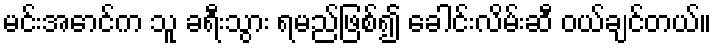
မင်းအောင်က သူ ခရီးသွား ရမည်ဖြစ်၍ ခေါင်းလိမ်းဆီ ဝယ်ချင်တယ်။